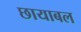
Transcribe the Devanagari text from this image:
छायाबल